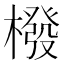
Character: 橃